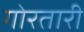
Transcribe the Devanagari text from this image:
गोरतारी